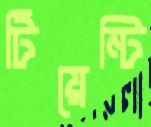
টিয়েন্টি